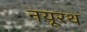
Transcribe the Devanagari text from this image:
नयूरथ